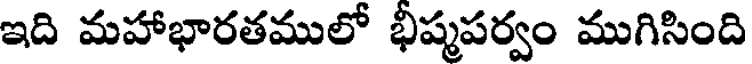
ఇది మహాభారతములో భీష్మపర్వం ముగిసింది